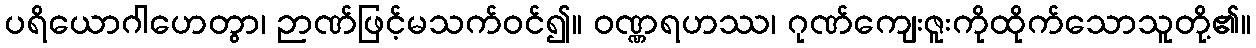
ပရိယောဂါဟေတွာ၊ ဉာဏ်ဖြင့်မသက်ဝင်၍။ ဝဏ္ဏရဟဿ၊ ဂုဏ်ကျေးဇူးကိုထိုက်သောသူတို့၏။